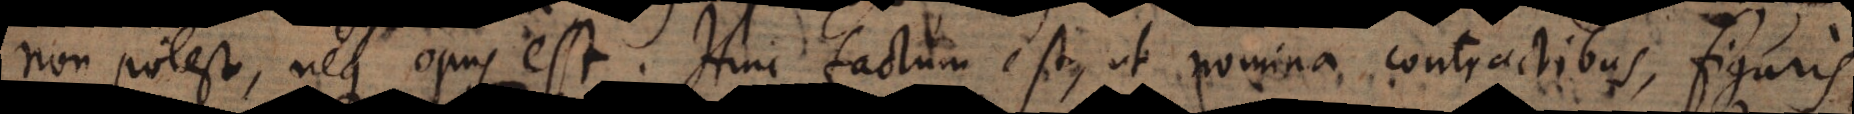
non potest, neque opus est. Hinc factum est, ut nomina contractibus, figuris,